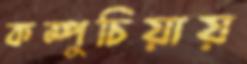
কম্পুচিয়ায়